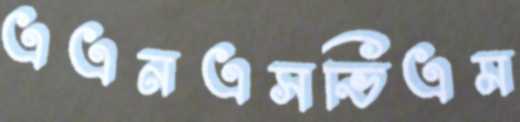
এএনএসভিএম